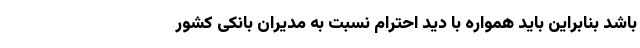
باشد بنابراین باید همواره با دید احترام نسبت به مدیران بانکی کشور